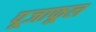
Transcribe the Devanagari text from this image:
पूजाफूल